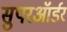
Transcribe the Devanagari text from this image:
सुपरऑर्डर